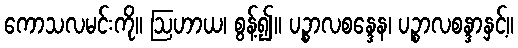
ကောသလမင်းကို။ ဩဟာယ၊ စွန့်၍။ ပဉ္စာလစန္ဒေန၊ ပဉ္စာလစန္ဒာနှင့်။